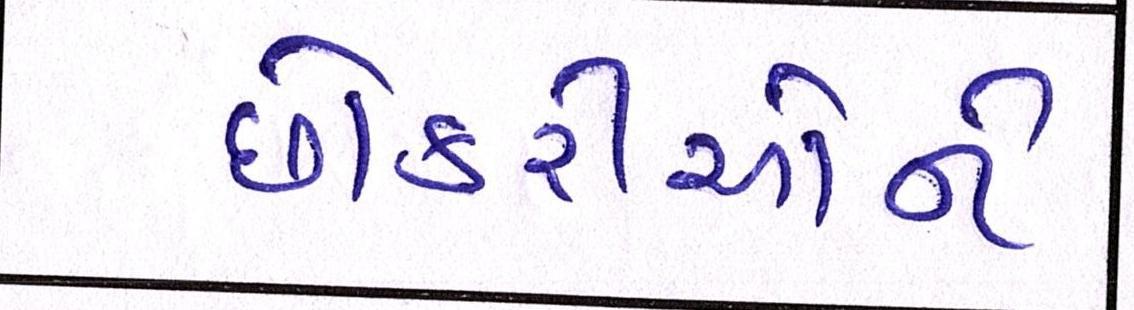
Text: છોકરીઓને